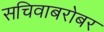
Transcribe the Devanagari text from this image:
सचिवाबरोबर